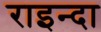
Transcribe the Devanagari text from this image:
राइन्दा